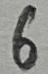
Text: 6